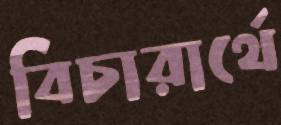
বিচারার্থে